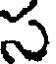
స